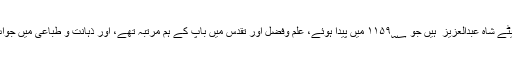
تیسرے اور بڑے بیٹے شاہ عبدالعزیز ؒ ہیں جو ۱۱۵۹؁ میں پیدا ہوئے، علم وفضل اور تقدس میں باپ کے ہم مرتبہ تھے، اور ذہانت و طباعی میں جواب نہ رکھتے تھے۔